Annual report on the working of the mental hospitals in the Madras Presidency - 1912-1932
Year: 1912
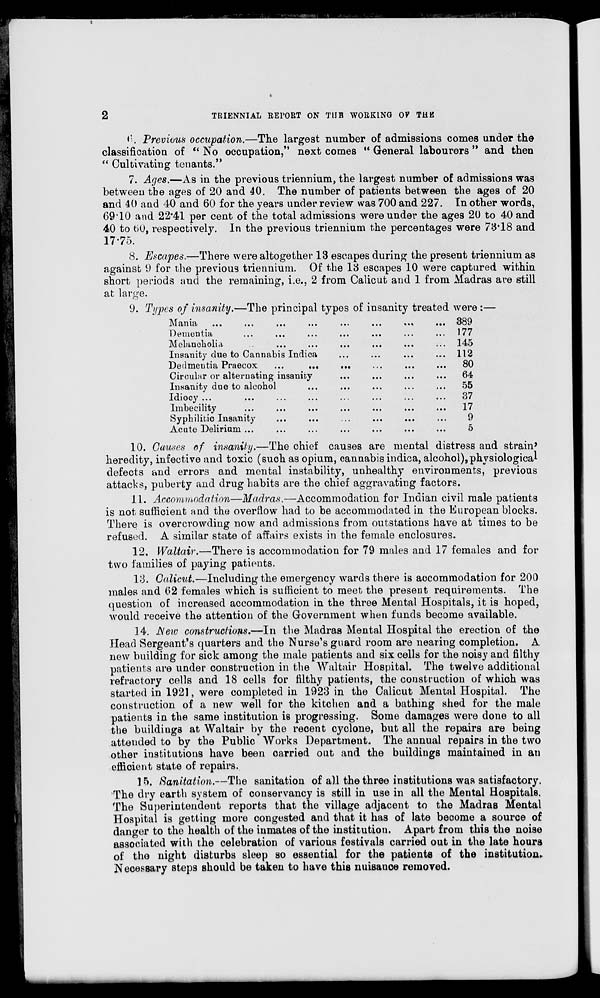
2
TRIENNIAL REPORT ON THE WORKING OF THE
6. Previous occupation.—The largest number of admissions comes under the
classification of " No occupation," next comes " General labourers" and then
" Cultivating tenants."
7. Ages.—As in the previous triennium, the largest number of admissions was
between the ages of 20 and 40. The number of patients between the ages of 20
and 40 and 40 and 60 for the years under review was 700 and 227. In other words,
69.10 and 22.41 per cent of the total admissions were under the ages 20 to 40 and
40 to 60, respectively. In the previous triennium the percentages were 73.18 and
17.75.
8. Escapes.—There were altogether 13 escapes during the present triennium as
against 9 for the previous triennium. Of the 13 escapes 10 were captured within
short periods and the remaining, i.e., 2 from Calicut and 1 from Madras are still
at large.
9. Types of insanity.—The principal types of insanity treated were :—
Mania
...
...
...
...
...
...
...
...
Dementia ... ... ... ... ... ... ...
Melancholia ... ... ... ... ... ... ...
Insanity due to Cannabis Indica ... ... ... ...
Dedmentia Praecox
...
... ... ... ... ...
Circular or alternating insanity ... ... ... ...
Insanity due to alcohol ... ... ... ... ...
Idiocy ... ... ... ... ... ... ... ...
Imbecility ... ... ... ... ... ... ... ...
Syphilitic Insanity ... ... ... ... ... ...
Acute Delirium ... ... ... ... ... ... ...
389
177
145
112
80
64
55
37
17
9
5
10. Causes of insanity.—The chief causes are mental distress and strain'
heredity, infective and toxic (such as opium, cannabis indica, alcohol), physiological
defects and errors and mental instability, unhealthy environments, previous
attacks, puberty and drug habits are the chief aggravating factors.
11. Accommodation—Madras,—Accommodation for Indian civil male patients
is not sufficient and the overflow had to be accommodated in the European blocks.
There is overcrowding now and admissions from outstations have at times to be
refused. A similar state of affairs exists in the female enclosures.
12. Waltair.—There is accommodation for 79 males and 17 females and for
two families of paying patients.
13. Calicut.—Including the emergency wards there is accommodation for 200
males and 62 females which is sufficient to meet the present requirements. The
question of increased accommodation in the three Mental Hospitals, it is hoped,
would receive the attention of the Government when funds become available.
14. New constructions.—In the Madras Mental Hospital the erection of the
Head Sergeant's quarters and the Nurse's guard room are nearing completion. A
new building for sick among the male patients and six cells for the noisy and filthy
patients are under construction in the Waltair Hospital. The twelve additional
refractory cells and 18 cells for filthy patients, the construction of which was
started in 1921, were completed in 1923 in the Calicut Mental Hospital. The
construction of a new well for the kitchen and a bathing shed for the male
patients in the same institution is progressing. Some damages were done to all
the buildings at Waltair by the recent cyclone, but all the repairs are being
attended to by the Public Works Department. The annual repairs in the two
other institutions have been carried out and the buildings maintained in an
efficient state of repairs.
15. Sanitation.—The sanitation of all the three institutions was satisfactory.
The dry earth system of conservancy is still in use in all the Mental Hospitals.
The Superintendent reports that the village adjacent to the Madras Mental
Hospital is getting more congested and that it has of late become a source of
danger to the health of the inmates of the institution. Apart from this the noise
associated with the celebration of various festivals carried out in the late hours
of the night disturbs sleep so essential for the patients of the institution.
Necessary steps should be taken to have this nuisance removed.